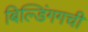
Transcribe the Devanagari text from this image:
बिल्डिंगगची